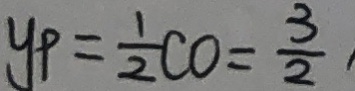
y _ { P } = \frac { 1 } { 2 } C O = \frac { 3 } { 2 }